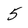
Character: 5